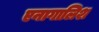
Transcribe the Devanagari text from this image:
एनागालिश